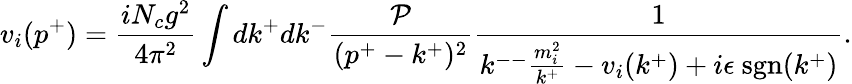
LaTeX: v_{i}(p^{+})=\frac{iN_{c}g^{2}}{4\pi^{2}}\int dk^{+}dk^{-}\frac{\cal P}{(p^{+}-k^{+})^{2}}\frac{1}{k^{--}\frac{m_{i}^{2}}{k^{+}}-v_{i}(k^{+})+i\epsilon~\mathrm{sgn}(k^{+})}.